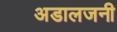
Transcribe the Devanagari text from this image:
अडालजनी